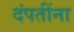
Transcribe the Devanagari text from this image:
दंपतींना